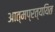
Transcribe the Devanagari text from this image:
आत्मप्रत्ययित